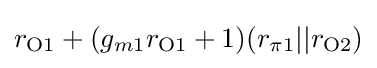
r_{{\text{O}}1}+(g_{m1}r_{{\text{O}}1}+1)(r_{\pi 1}||r_{{\text{O}}2})